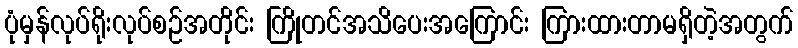
ပုံမှန်လုပ်ရိုးလုပ်စဉ်အတိုင်း ကြိုတင်အသိပေးအကြောင်း ကြားထားတာမရှိတဲ့အတွက်